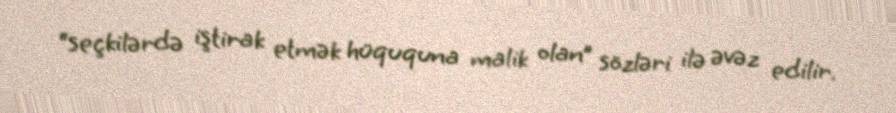
“seçkilərdə iştirak etmək hüququna malik olan” sözləri ilə əvəz edilir.